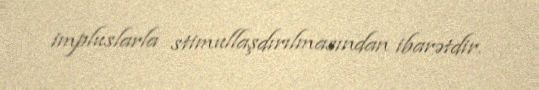
impluslarla stimullaşdırılmasından ibarətdir.